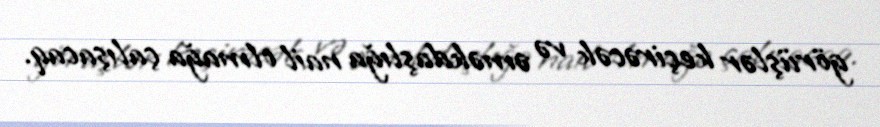
görüşlər keçirəcək və əməkdaşlığa nail olmağa çalışacaq.